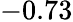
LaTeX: -0.73